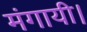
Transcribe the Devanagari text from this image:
मंगायी।